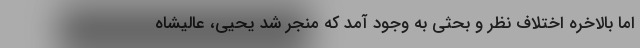
اما بالاخره اختلاف نظر و بحثی به وجود آمد که منجر شد یحیی، عالیشاه